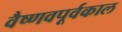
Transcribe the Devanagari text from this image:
वैष्णवपूर्वकाल